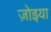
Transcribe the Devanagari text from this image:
ज़ोइया